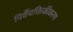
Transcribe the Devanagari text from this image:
निर्वैयक्तिकीकरण